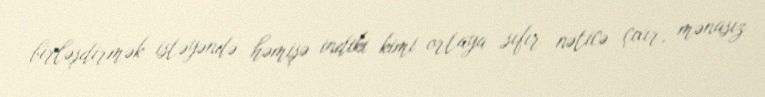
birləşdirmək istəyəndə həmişə indiki kimi ortaya sıfır nəticə çıxır, mənasız